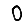
Digit: 0